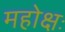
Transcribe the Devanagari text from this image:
महोक्षः